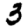
Digit: 3